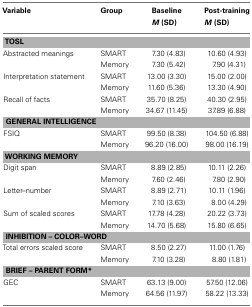
<table><thead><tr><td><b>Variable</b></td><td><b>Group</b></td><td><b>Baseline <i>M</i> (SD)</b></td><td><b>Post-training <i>M</i> (SD)</b></td></tr></thead><tbody><tr><td colspan="4"><b>TOSL</b></td></tr><tr><td>Abstracted meanings</td><td>SMART</td><td>7.30 (4.83)</td><td>10.60 (4.93)</td></tr><tr><td></td><td>Memory</td><td>7.30 (5.42)</td><td>7.90 (4.31)</td></tr><tr><td>Interpretation statement</td><td>SMART</td><td>13.00 (3.30)</td><td>15.00 (2.00)</td></tr><tr><td></td><td>Memory</td><td>11.60 (5.36)</td><td>13.30 (4.90)</td></tr><tr><td>Recall of facts</td><td>SMART</td><td>35.70 (8.25)</td><td>40.30 (2.95)</td></tr><tr><td></td><td>Memory</td><td>34.67 (11.45)</td><td>37.89 (6.88)</td></tr><tr><td colspan="4"><b>GENERAL INTELLIGENCE</b></td></tr><tr><td>FSIQ</td><td>SMART</td><td>99.50 (8.38)</td><td>104.50 (6.88)</td></tr><tr><td></td><td>Memory</td><td>96.20 (16.00)</td><td>98.00 (16.19)</td></tr><tr><td colspan="4"><b>WORKING MEMORY</b></td></tr><tr><td>Digit span</td><td>SMART</td><td>8.89 (2.85)</td><td>10.11 (2.26)</td></tr><tr><td></td><td>Memory</td><td>7.60 (2.46)</td><td>7.80 (2.90)</td></tr><tr><td>Letter–number</td><td>SMART</td><td>8.89 (2.71)</td><td>10.11 (1.96)</td></tr><tr><td></td><td>Memory</td><td>7.10 (3.63)</td><td>8.00 (4.29)</td></tr><tr><td>Sum of scaled scores</td><td>SMART</td><td>17.78 (4.28)</td><td>20.22 (3.73)</td></tr><tr><td></td><td>Memory</td><td>14.70 (5.68)</td><td>15.80 (6.65)</td></tr><tr><td colspan="4"><b>INHIBITION – COLOR–WORD</b></td></tr><tr><td>Total errors scaled score</td><td>SMART</td><td>8.50 (2.27)</td><td>11.00 (1.76)</td></tr><tr><td></td><td>Memory</td><td>7.10 (3.28)</td><td>8.80 (1.81)</td></tr><tr><td colspan="4"><b>BRIEF – PARENT FORM*</b></td></tr><tr><td>GEC</td><td>SMART</td><td>63.13 (9.00)</td><td>57.50 (12.06)</td></tr><tr><td></td><td>Memory</td><td>64.56 (11.97)</td><td>58.22 (13.33)</td></tr></tbody></table>